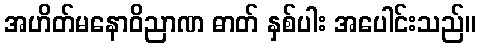
အဟိတ်မနောဝိညာဏ ဓာတ် နှစ်ပါး အပေါင်းသည်။